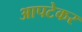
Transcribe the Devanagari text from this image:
आपटेकर